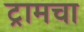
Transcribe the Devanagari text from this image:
ट्रामचा